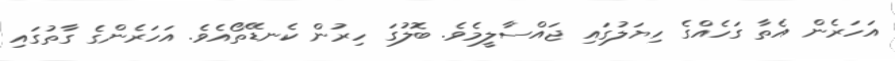
އަހަރެން އެތާ ގަހެއްގެ ހިޔަލުގައި ޖައްސާލީމެވެ. ބޮލުގަ ހިރުން ކެނޑޭތޯއެވެ. އަހަރެންގެ ގާތުގައި